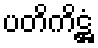
ပတိကိဋ္ဌံ